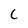
Character: C